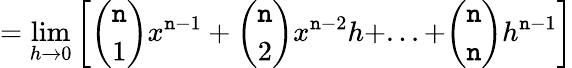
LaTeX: =\operatorname*{lim}_{h\to0}\left[{\binom{\mathtt{n}}{1}}x^{\mathtt{n}-1}+{\binom{\mathtt{n}}{2}}x^{\mathtt{n}-2}h+...+{\binom{\mathtt{n}}{\mathtt{n}}}h^{\mathtt{n}-1}\right]